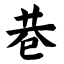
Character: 巷